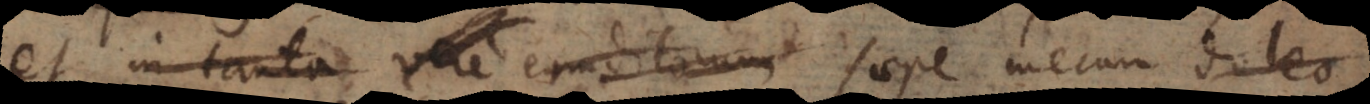
et in tanta eruditorum saepe mecum doleo